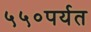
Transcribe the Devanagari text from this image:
५५०पर्यत